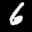
Label: 6